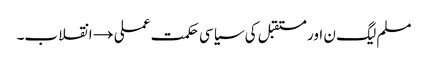
مسلم لیگ ن اور مستقبل کی سیاسی حکمت عملی →	انقلاب۔